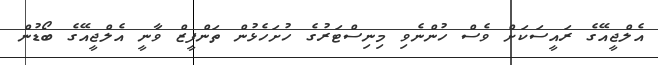
އެލްޖީއޭގެ ރައީސަކަށް ވެސް ހުންނެވި މިނިސްޓަރުގެ ހުށަހެޅުން ތަންފީޒް ވާނީ އެލްޖީއޭގެ ބޯޑުން